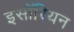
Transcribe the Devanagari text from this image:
इसॉरियन